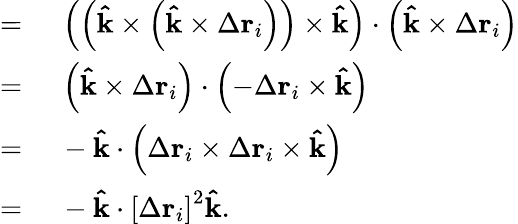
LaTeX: \begin{array}{rl}{={}}&{{}\left(\left(\mathbf{\hat{k}}\times\left(\mathbf{\hat{k}}\times\Delta\mathbf{r}_{i}\right)\right)\times\mathbf{\hat{k}}\right)\cdot\left(\mathbf{\hat{k}}\times\Delta\mathbf{r}_{i}\right)}\\ {={}}&{{}\left(\mathbf{\hat{k}}\times\Delta\mathbf{r}_{i}\right)\cdot\left(-\Delta\mathbf{r}_{i}\times\mathbf{\hat{k}}\right)}\\ {={}}&{{}-\mathbf{\hat{k}}\cdot\left(\Delta\mathbf{r}_{i}\times\Delta\mathbf{r}_{i}\times\mathbf{\hat{k}}\right)}\\ {={}}&{{}-\mathbf{\hat{k}}\cdot\left[\Delta\mathbf{r}_{i}\right]^{2}\mathbf{\hat{k}}.}\end{array}